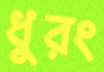
ধুরং